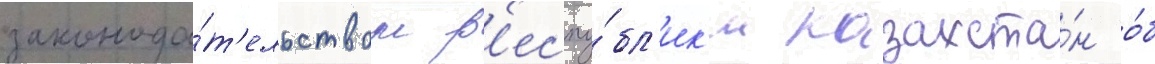
законода́т'ельством р'еспу́бл'ик'и казахста́н о́б